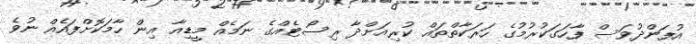
އުފަންދުވަސް ފާހަގަކުރުމުގެ ހަރަކާތްތައް ކުރިއަށްދާ ރިސޯޓެއްގެ ނަމެއް މީޑިއާ އިން ހާމަކޮށްފައެއް ނުވެ